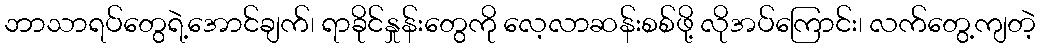
ဘာသာရပ်တွေရဲ့အောင်ချက်၊ ရာခိုင်နှုန်းတွေကို လေ့လာဆန်းစစ်ဖို့ လိုအပ်ကြောင်း၊ လက်တွေ့ကျတဲ့